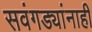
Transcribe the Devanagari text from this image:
सवंगड्यांनाही